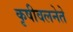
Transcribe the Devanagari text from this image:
कृषीवलनेते